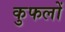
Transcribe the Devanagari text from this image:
कुफलों